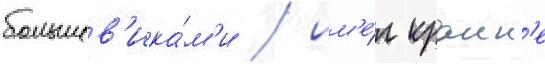
большев'ика́м'и / им'е́л краин'е